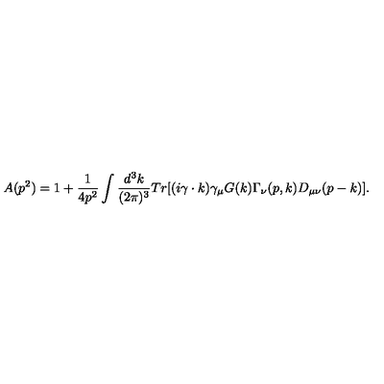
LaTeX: A ( p ^ { 2 } ) = 1 + \frac { 1 } { 4 p ^ { 2 } } \int \frac { d ^ { 3 } k } { ( 2 \pi ) ^ { 3 } } T r \lbrack ( i \gamma \cdot k ) \gamma _ { \mu } G ( k ) \Gamma _ { \nu } ( p , k ) D _ { \mu \nu } ( p - k ) \rbrack .